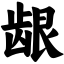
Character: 龈